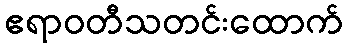
ဧရာဝတီသတင်းထောက်